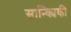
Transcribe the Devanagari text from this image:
सान्क्यिकी